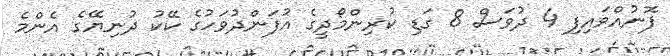
ފޮނުއްވައިފި 4 ދުވަސް 8 ގަޑި ކުރިންމޯދީގެ އުފަންދުވަހުގެ ކޭކު ދުނިޔޭގެ އެންމެ